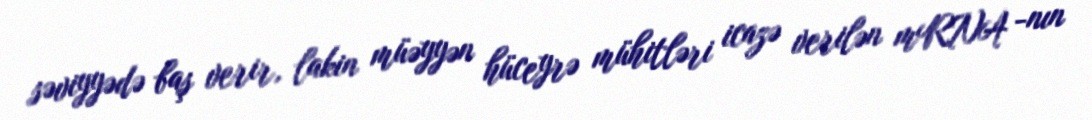
səviyyədə baş verir, lakin müəyyən hüceyrə mühitləri icazə verilən mRNA -nın